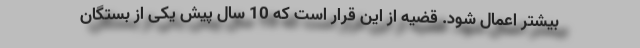
بیشتر اِعمال شود. قضیه از این قرار است که 10 سال پیش یکی از بستگان